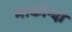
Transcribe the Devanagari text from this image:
माकोन्दो